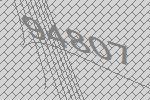
94807